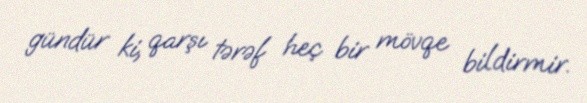
gündür ki, qarşı tərəf heç bir mövqe bildirmir.